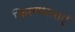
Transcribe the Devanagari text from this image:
किरणधाराएँ